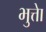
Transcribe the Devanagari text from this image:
भुत्तेा